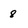
Character: 8